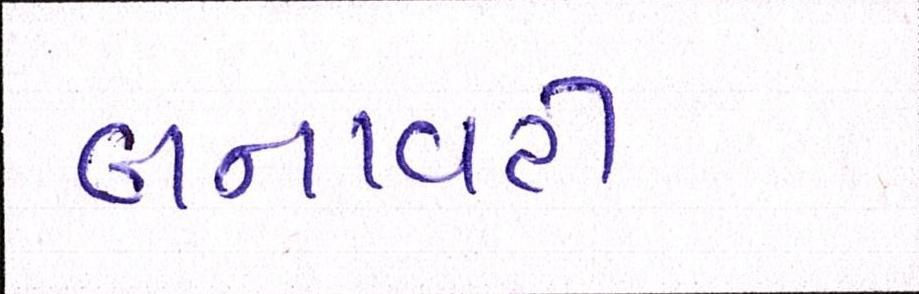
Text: બનાવટી